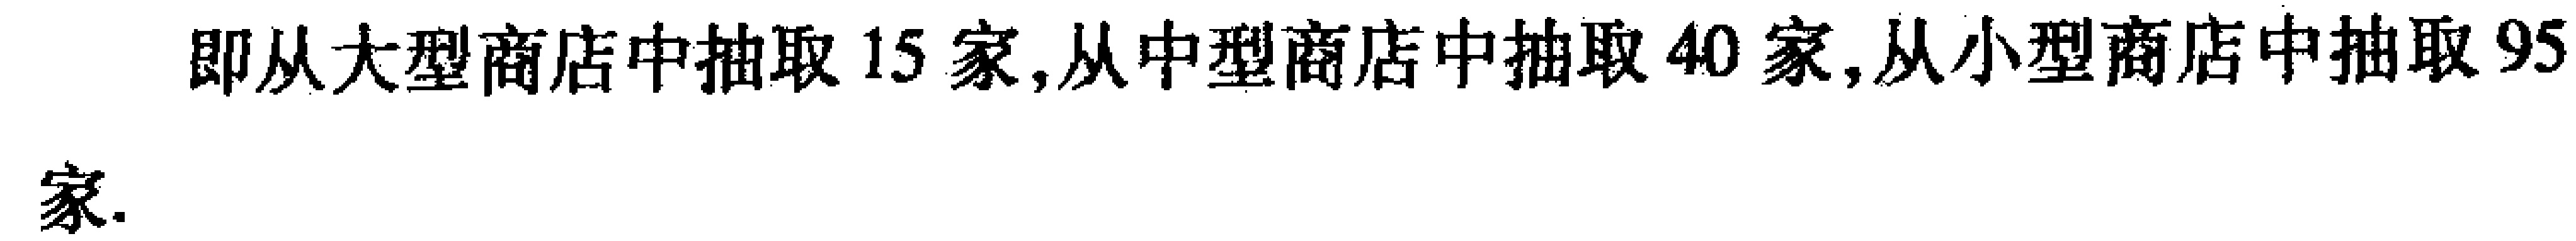
即从大型商店中抽取 15 家,从中型商店中抽取 40 家,从小型商店中抽取 95 家.